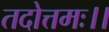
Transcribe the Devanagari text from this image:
तदोत्तमः।।